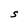
Character: S